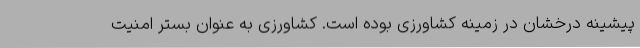
پیشینه درخشان در زمینه کشاورزی بوده است. کشاورزی به عنوان بستر امنیت